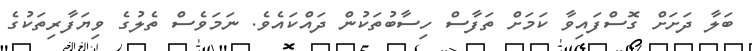
ބަލާ ދަށަށް ގޮސްފައިވާ ކަމަށް ތަފާސް ހިސާބުތަކުން ދައްކައެވެ. ނަމަވެސް ތެލުގެ ވިޔަފާރިތަކުގެ